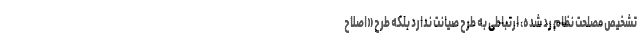
تشخیص مصلحت نظام رد شده، ارتباطی به طرح صیانت ندارد بلکه طرح «اصلاح